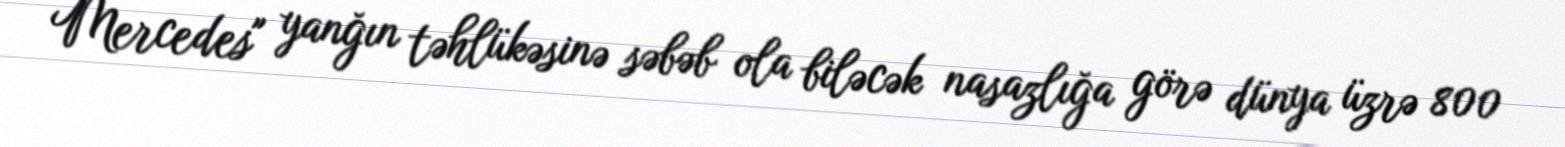
Mercedes" yanğın təhlükəsinə səbəb ola biləcək nasazlığa görə dünya üzrə 800